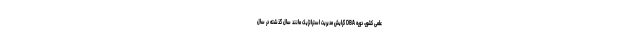
علمی کشور، دوره DBA گرایش مدیریت استراتژیک مانند سال گذشته در سال